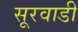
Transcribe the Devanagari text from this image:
सूरवाडी